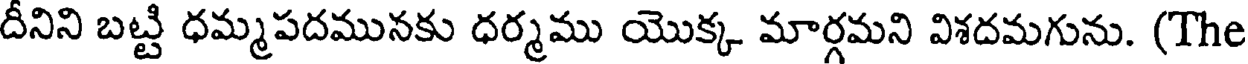
దీనిని బట్టి ధమ్మపదమునకు ధర్మము యొక్క మార్గమని విశదమగును. (The